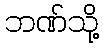
ဘဏ်သို့